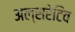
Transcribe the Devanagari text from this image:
अल्सरेटिव